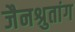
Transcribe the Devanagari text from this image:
जैनश्रुतांग